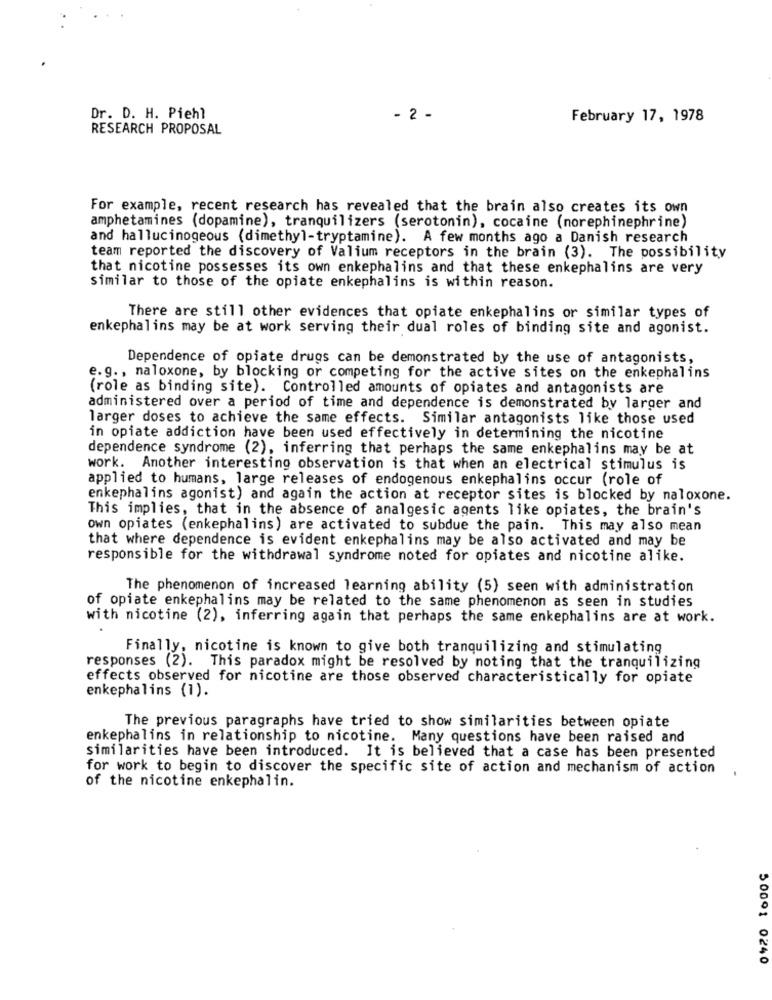
Dr. D. H. Piehl
- 2 -
February 17, 1978
RESEARCH PROPOSAL
For example, recent research has revealed that the brain also creates its own
amphetamines (dopamine), tranquilizers (serotonin), cocaine (norephinephrine)
and hallucinogeous (dimethyl-tryptamine). A few months ago a Danish research
team reported the discovery of Valium receptors in the brain (3). The possibility
that nicotine possesses its own enkephalins and that these enkephalins are very
similar to those of the opiate enkephalins is within reason.
There are still other evidences that opiate enkephalins or similar types of
enkephalins may be at work serving their dual roles of binding site and agonist.
Dependence of opiate drugs can be demonstrated by the use of antagonists,
e.g ., naloxone, by blocking or competing for the active sites on the enkephalins
(role as binding site). Controlled amounts of opiates and antagonists are
administered over a period of time and dependence is demonstrated by larger and
larger doses to achieve the same effects. Similar antagonists like those used
in opiate addiction have been used effectively in determining the nicotine
dependence syndrome (2), inferring that perhaps the same enkephalins may be at
work. Another interesting observation is that when an electrical stimulus is
applied to humans, large releases of endogenous enkephalins occur (role of
enkephalins agonist) and again the action at receptor sites is blocked by naloxone.
This implies, that in the absence of analgesic agents like opiates, the brain's
own opiates (enkephalins) are activated to subdue the pain. This may also mean
that where dependence is evident enkephalins may be also activated and may be
responsible for the withdrawal syndrome noted for opiates and nicotine alike.
The phenomenon of increased learning ability (5) seen with administration
of opiate enkephalins may be related to the same phenomenon as seen in studies
with nicotine (2), inferring again that perhaps the same enkephalins are at work.
Finally, nicotine is known to give both tranquilizing and stimulating
responses (2). This paradox might be resolved by noting that the tranquilizing
effects observed for nicotine are those observed characteristically for opiate
enkephalins (1).
The previous paragraphs have tried to show similarities between opiate
enkephalins in relationship to nicotine. Many questions have been raised and
similarities have been introduced. It is believed that a case has been presented
for work to begin to discover the specific site of action and mechanism of action
of the nicotine enkephalin.
50001 0240